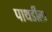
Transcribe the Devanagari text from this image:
पाथर्डीला